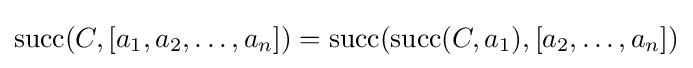
\operatorname {succ} (C,[a_{1},a_{2},\ldots ,a_{n}])=\operatorname {succ} (\operatorname {succ} (C,a_{1}),[a_{2},\ldots ,a_{n}])